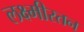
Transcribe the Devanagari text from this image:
लक्ष्मीरतन